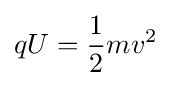
qU={\frac {1}{2}}mv^{2}